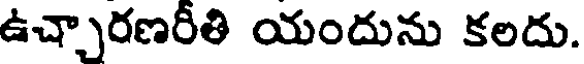
ఉచ్చారణరీతి యందును కలదు.